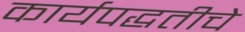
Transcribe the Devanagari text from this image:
कार्यपद्धतीचे